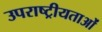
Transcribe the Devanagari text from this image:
उपराष्ट्रीयताओं